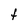
Character: t